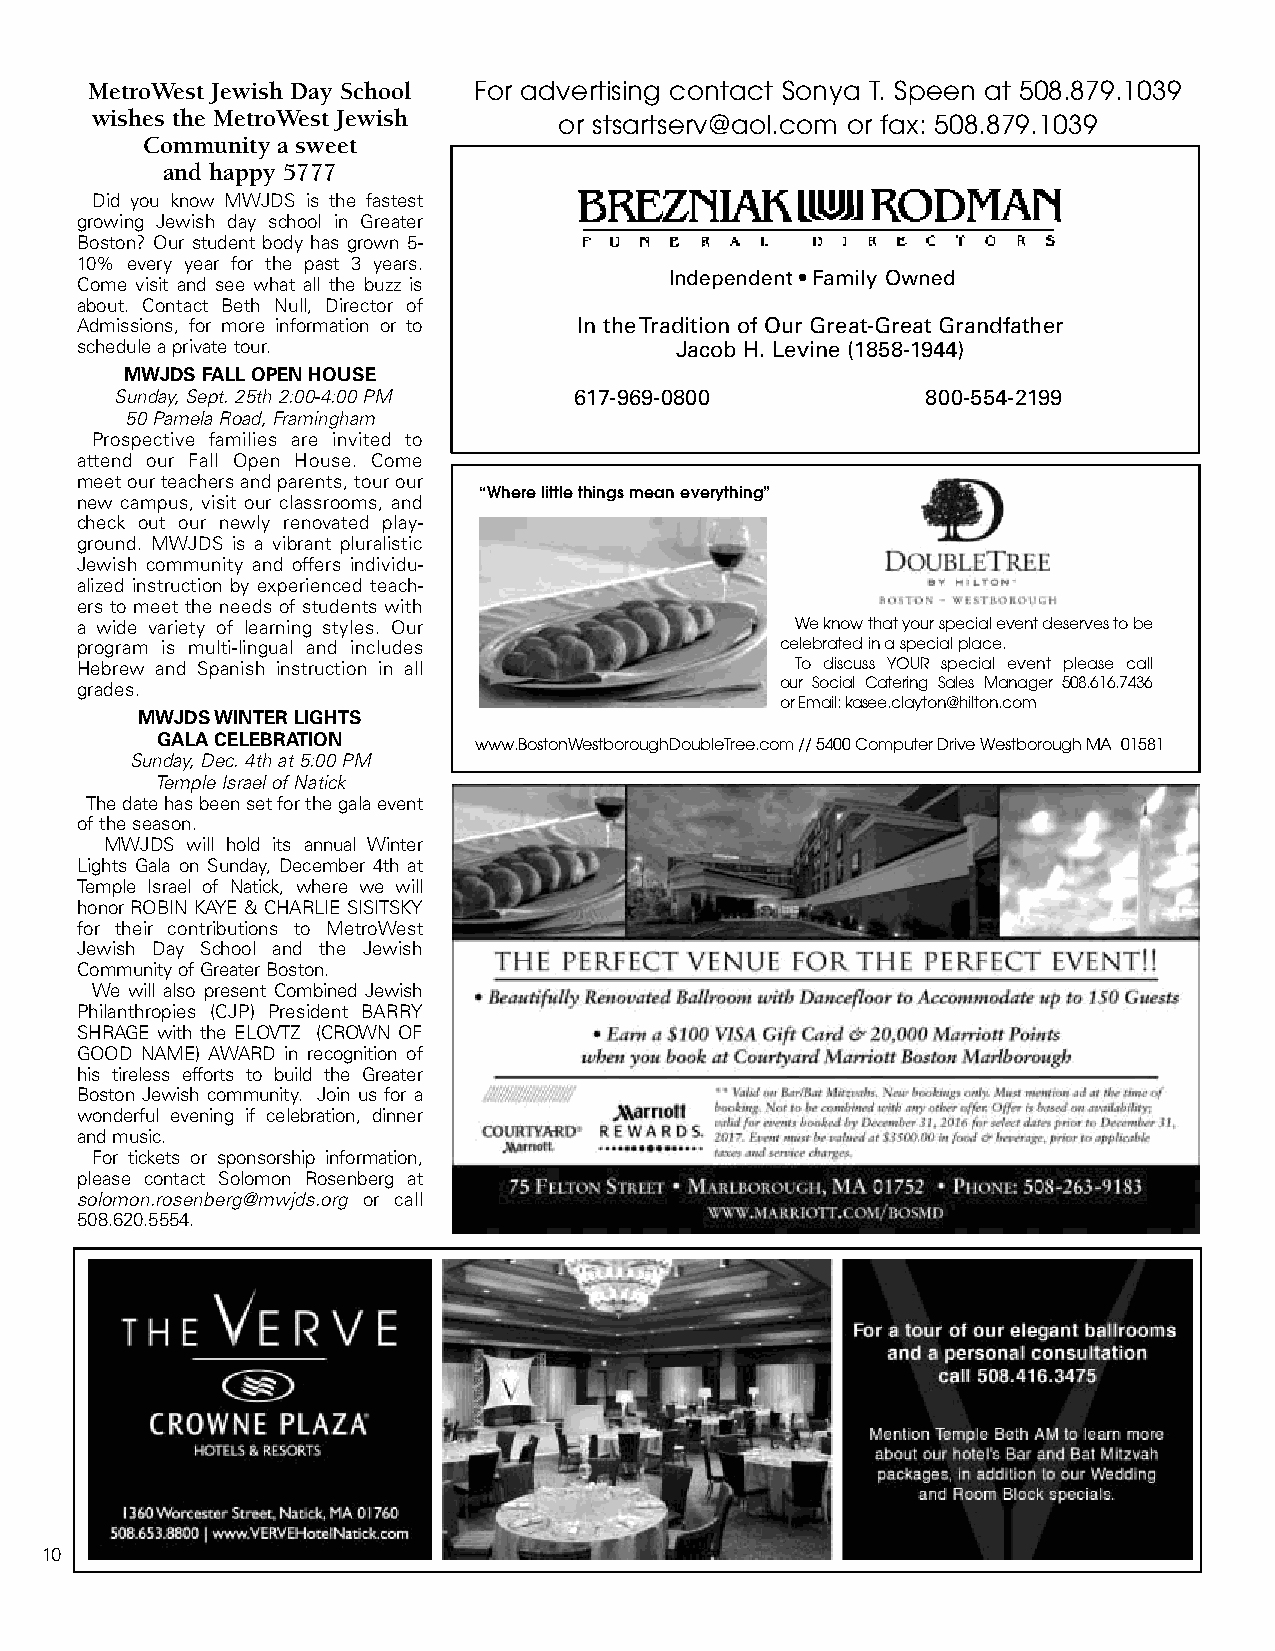
MetroWest Jewish Day School For advertising contact Sonya T. Speen at 508.879.1039
 wishes the MetroWest Jewish    or stsartserv@aol.com or fax: 508.879.1039
 Community a sweet
 and happy 5777
 Did you know MWJDS is the fastest
 growing Jewish day school in Greater
 Boston? Our student body has grown 5-
 10% every year for the past 3 years.
 Independent • Family Owned
 Come visit and see what all the buzz is
 about. Contact Beth Null, Director of
 Admissions, for more information or to In the Tradition of Our Great-Great Grandfather
 schedule a private tour.                Jacob H. Levine (1858-1944)
 MWJDS FALL OPEN HOUSE
 Sunday, Sept. 25th 2:00-4:00 PM 617-969-0800         800-554-2199
 50 Pamela Road, Framingham
 Prospective families are invited to
 attend our Fall Open House. Come
 meet our teachers and parents, tour our
 “Where little things mean everything”
 new campus, visit our classrooms, and
 check out our newly renovated play-
 ground. MWJDS is a vibrant pluralistic
 Jewish community and offers individu-
 alized instruction by experienced teach-
 ers to meet the needs of students with
 a wide variety of learning styles. Our          We know that your special event deserves to be
 program is multi-lingual and includes          celebrated in a special place.
 Hebrew and Spanish instruction in all           To discuss YOUR special event please call
 grades.                                        our Social Catering Sales Manager 508.616.7436
 or Email: kasee.clayton@hilton.com
 MWJDS WINTER LIGHTS
 GALA CELEBRATION     www.BostonWestboroughDoubleTree.com // 5400 Computer Drive Westborough MA 01581
 Sunday, Dec. 4th at 5:00 PM
 Temple Israel of Natick
 The date has been set for the gala event
 of the season.
 MWJDS will hold its annual Winter
 Lights Gala on Sunday, December 4th at
 Temple Israel of Natick, where we will
 honor ROBIN KAYE & CHARLIE SISITSKY
 for their contributions to MetroWest
 Jewish Day School and the Jewish
 Community of Greater Boston.
 We will also present Combined Jewish
 Philanthropies (CJP) President BARRY
 SHRAGE with the ELOVTZ (CROWN OF
 GOOD NAME) AWARD in recognition of
 his tireless efforts to build the Greater
 Boston Jewish community. Join us for a
 wonderful evening if celebration, dinner
 and music.
 For tickets or sponsorship information,
 please contact Solomon Rosenberg at
 solomon.rosenberg@mwjds.org or call
 508.620.5554.
 10